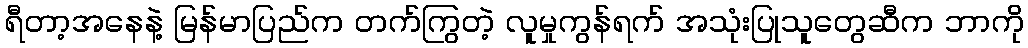
ရီတာ့အနေနဲ့ မြန်မာပြည်က တက်ကြွတဲ့ လူမှုကွန်ရက် အသုံးပြုသူတွေဆီက ဘာကို